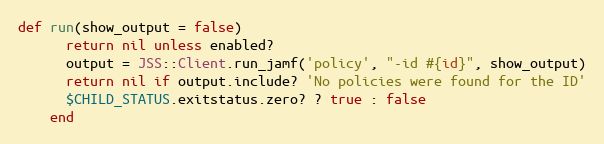
Language: Ruby
def run(show_output = false)
      return nil unless enabled?
      output = JSS::Client.run_jamf('policy', "-id #{id}", show_output)
      return nil if output.include? 'No policies were found for the ID'
      $CHILD_STATUS.exitstatus.zero? ? true : false
    end